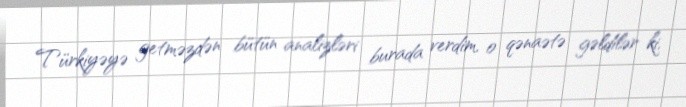
Türkiyəyə getməzdən bütün analizləri burada verdim, o qənaətə gəldilər ki,